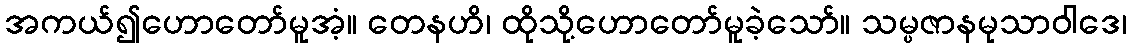
အကယ်၍ဟောတော်မူအံ့။ တေနဟိ၊ ထိုသို့ဟောတော်မူခဲ့သော်။ သမ္ပဇာနမုသာဝါဒေ၊